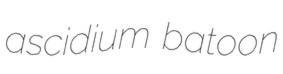
ascidium batoon